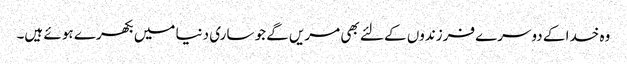
وہ خدا کے دوسرے فرزندوں کے لئے بھی مریں گے جو ساری دنیا میں بکھرے ہو ئے ہیں۔